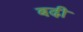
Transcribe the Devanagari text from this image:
बढी़